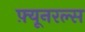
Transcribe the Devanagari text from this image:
फ़्यूनरल्स